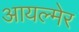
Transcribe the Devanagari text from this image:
आयल्मेर